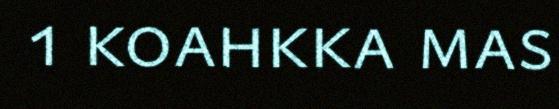
1 koahkka mas